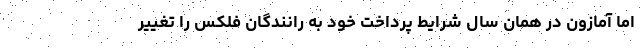
اما آمازون در همان سال شرایط پرداخت خود به رانندگان فلکس را تغییر